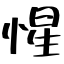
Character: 惺